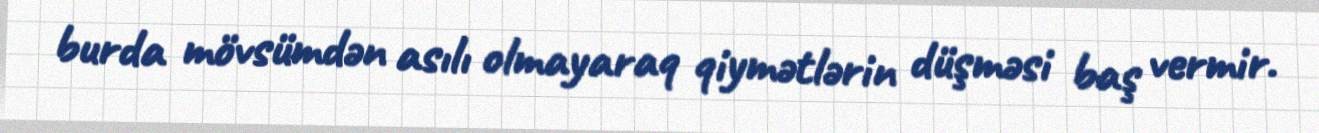
burda mövsümdən asılı olmayaraq qiymətlərin düşməsi baş vermir.